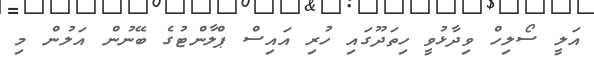
އަލީ ސޯލިހް ވިދާޅުވީ ހިތަދޫގައި ހުރި އައިސް ޕްލާންޓުގެ ބޭނުން އަލުން މި